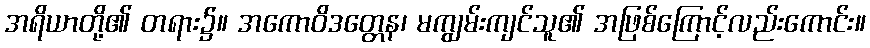
အရိယာတို့၏ တရား၌။ အကောဝိဒတ္တေန၊ မကျွမ်းကျင်သူ၏ အဖြစ်ကြောင့်လည်းကောင်း။